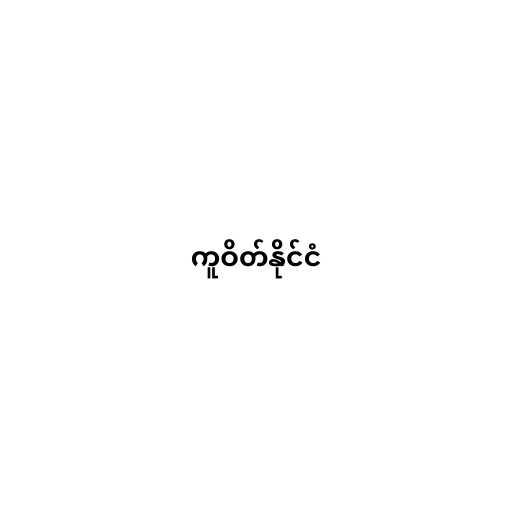
ကူဝိတ်နိုင်ငံ